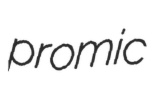
promic